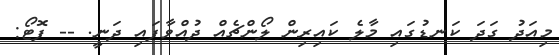
މިއަދު ގަދަ ކަނޑުގައި މާލެ ކައިރިން ލޯންޗެއް ދުއްވާފައި ދަނީ. -- ފޮޓޯ: